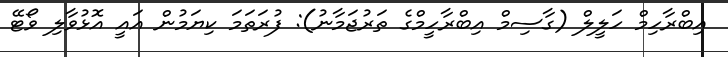
އިބްރާހިމް ހަލީލް (ގާސިމް އިބްރާހީމްގެ ތަރުޖަމާނު): ފުރަތަމަ ކިޔަމުން އައީ އޮޅުވާލި ވޯޓޭ